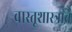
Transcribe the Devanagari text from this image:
वास्तूशास्त्राचे